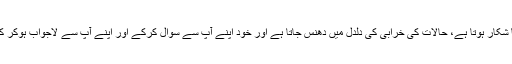
ان صفات کو پیدا کیے بغیر انسان مایوسی کا شکار ہوتا ہے، حالات کی خرابی کی دلدل میں دھنس جاتا ہے اور خود اپنے آپ سے سوال کرکے اور اپنے آپ سے لاجواب ہوکر کسی کونے کھدرے میں اپنے آپ کو پاتا ہے۔